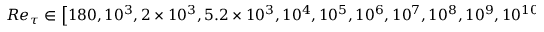
R e _ { \tau } \in \left[ 1 8 0 , 1 0 ^ { 3 } , 2 \times 1 0 ^ { 3 } , 5 . 2 \times 1 0 ^ { 3 } , 1 0 ^ { 4 } , 1 0 ^ { 5 } , 1 0 ^ { 6 } , 1 0 ^ { 7 } , 1 0 ^ { 8 } , 1 0 ^ { 9 } , 1 0 ^ { 1 0 } \right]